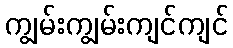
ကျွမ်းကျွမ်းကျင်ကျင်